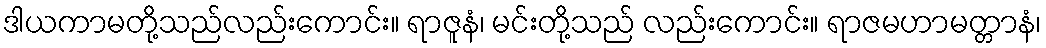
ဒါယကာမတို့သည်လည်းကောင်း။ ရာဇူနံ၊ မင်းတို့သည် လည်းကောင်း။ ရာဇမဟာမတ္တာနံ၊